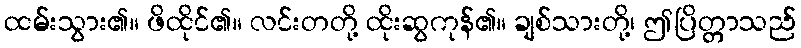
ထမ်းသွား၏။ ဖိထိုင်၏။ လင်းတတို့ ထိုးဆွကုန်၏။ ချစ်သားတို့၊ ဤပြိတ္တာသည်